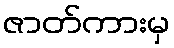
ဇာတ်ကားမှ